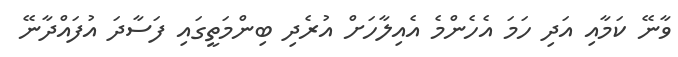
ވާނޭ ކަމާއި އަދި ހަމަ އެހެންމެ އެއިލާހަށް އުރެދި ބިންމަތީގައި ފަސާދަ އުފައްދާނޭ